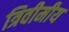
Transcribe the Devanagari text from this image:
त्रिवीमीय